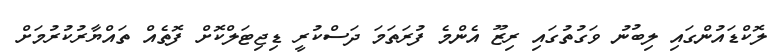
ލޮކްޑައުންގައި ލިބުނު ވަގުތުގައި ރިޒޫ އެންމެ ފުރަތަމަ ދަސްކުރީ ޑިޖިޓަލްކޮށް ފޮތެއް ތައްޔާރުކުރުމަށް